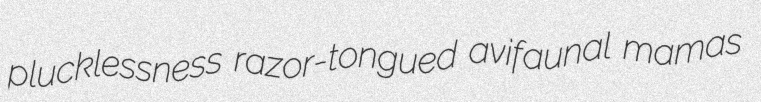
plucklessness razor-tongued avifaunal mamas